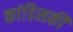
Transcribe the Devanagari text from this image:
कांडिसकी